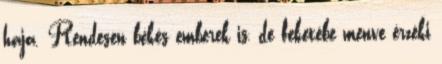
haja. Rendesen békés emberek is, de feketébe menve érzéki